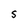
Character: S